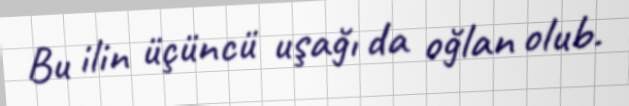
Bu ilin üçüncü uşağı da oğlan olub.